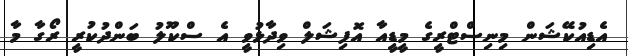
އެޑިއުކޭޝަން މިނިސްޓްރީގެ މީޑީއާ އޮފިޝަލް ވިދާޅުވީ އެ ސްކޫލު ބަންދުކުރީ ރޯގާ މާ